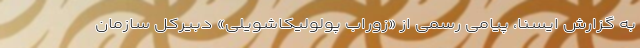
به گزارش ایسنا، پیامی رسمی از «زوراب پولولیکاشویلی» دبیرکل سازمان